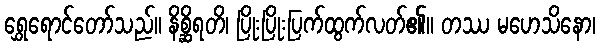
ရွှေရောင်တော်သည်။ နိစ္ဆိရတိ၊ ပြိုးပြိုးပြက်ထွက်လတ်၏။ တဿ မဟေသိနော၊